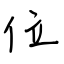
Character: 位